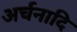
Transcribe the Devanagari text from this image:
अर्चनादि